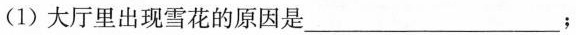
(1)大厅里出现雪花的原因是___；